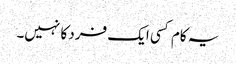
یہ کام کسی ایک فرد کا نہیں۔